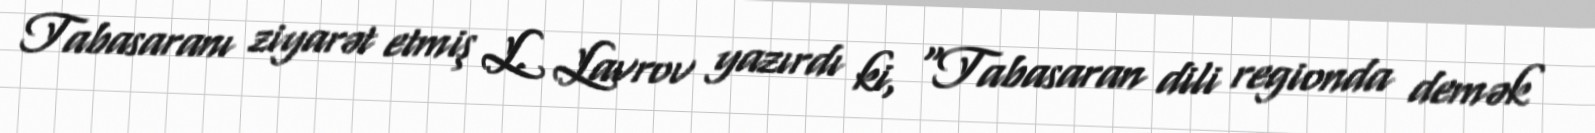
Tabasaranı ziyarət etmiş L. Lavrov yazırdı ki, "Tabasaran dili regionda demək